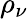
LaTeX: \rho_{\nu}